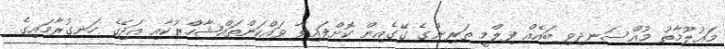
މައުލޫމާތު މުއްސަނދިވި ބައެއް ފިލްމީ ތަރިންގެ ގޭގެއިން ކޮށްފައިވާ ވައްކަންތައްޝާހްރުކާއި އަޖޭގެ ހަނގުރާމައިގެ